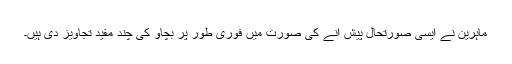
ماہرین نے ایسی صورتحال پیش آنے کی صورت میں فوری طور پر بچاؤ کی چند مفید تجاویز دی ہیں۔